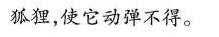
狐狸，使它动弹不得。